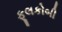
ફૂલકોબી